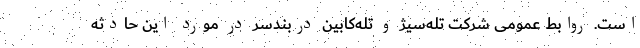
است. روابط عمومی شرکت تله‌سیژ و تله‌کابین دربندسر در مورد این حادثه